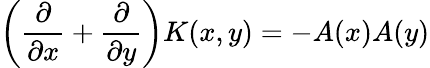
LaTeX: \left({\frac{\partial}{\partial x}}+{\frac{\partial}{\partial y}}\right)K(x,y)=-A(x)A(y)